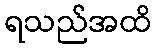
ရသည်အထိ